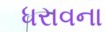
ધરાવના